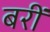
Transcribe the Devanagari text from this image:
बरीं